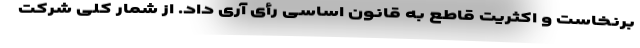
برنخاست و اکثریت قاطع به قانون اساسی رأی آری داد. از شمار کلی شرکت